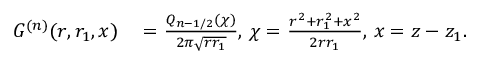
\begin{array} { r l } { G ^ { ( n ) } ( r , r _ { 1 } , x ) } & { { } = \frac { Q _ { n - 1 / 2 } ( \chi ) } { 2 \pi \sqrt { r r _ { 1 } } } , \, \chi = \frac { r ^ { 2 } + r _ { 1 } ^ { 2 } + x ^ { 2 } } { 2 r r _ { 1 } } , \, x = z - z _ { 1 } . } \end{array}